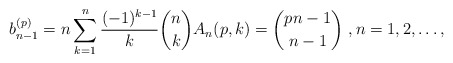
\begin{align*}b_{n-1}^{(p)} = n \sum_{k=1}^n \frac{(-1)^{k-1}}k \binom{n}{k} A_n(p,k) = \binom{pn-1}{n-1}\ ,n=1,2,\ldots,\end{align*}